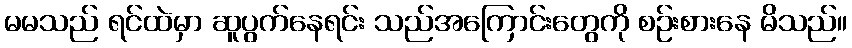
မမသည် ရင်ထဲမှာ ဆူပွက်နေရင်း သည်အကြောင်းတွေကို စဉ်းစားနေ မိသည်။